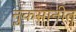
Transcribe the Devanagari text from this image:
नुकसानीत